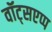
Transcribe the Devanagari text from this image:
वॉट्सएप्प